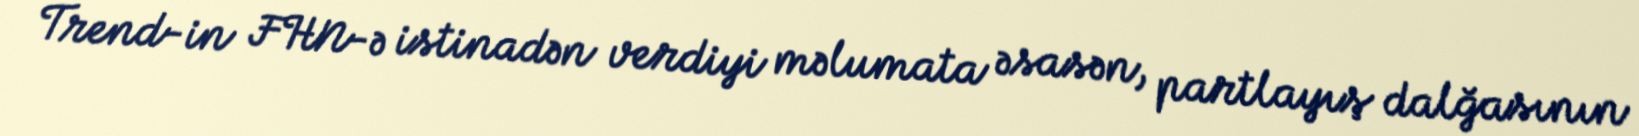
Trend-in FHN-ə istinadən verdiyi məlumata əsasən, partlayış dalğasının